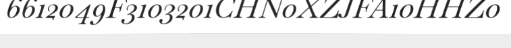
6612049F3103201CHN0XZJFA10HHZ0